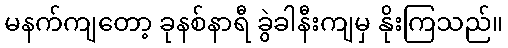
မနက်ကျတော့ ခုနစ်နာရီ ခွဲခါနီးကျမှ နိုးကြသည်။